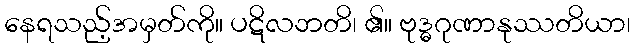
နေရသည့်အမှတ်ကို။ ပဋိလဘတိ၊ ၏။ ဗုဒ္ဓဂုဏာနုဿတိယာ၊